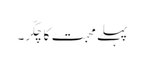
پہلے محبت کا چکّر۔